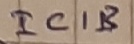
Text: IC1B